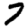
Digit: 7